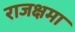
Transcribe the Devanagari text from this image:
राजक्षमा